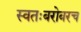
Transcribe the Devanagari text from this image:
स्वतःबरोबरच